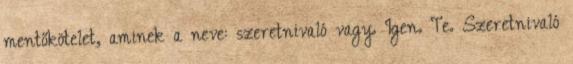
mentőkötelet, aminek a neve: szeretnivaló vagy. Igen. Te. Szeretnivaló